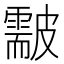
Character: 𥀫